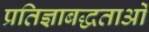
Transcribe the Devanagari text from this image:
प्रतिज्ञाबद्धताओं